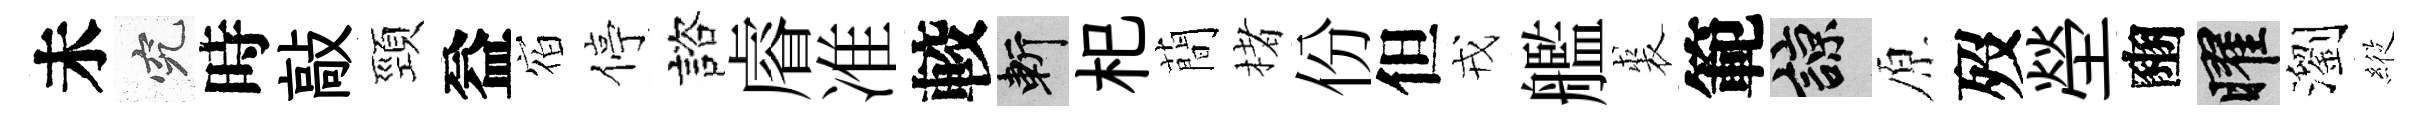
未究時敲頸益𪧐停諮𥈠准較斬𣏌蕳楮份但戎艦裘範諒原歿塋豳曜瀏𦂵